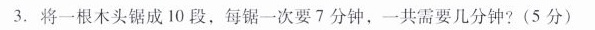
3.将一根木头锯成10段，每锯一次要7分钟，一共需要几分钟?(5分)